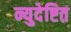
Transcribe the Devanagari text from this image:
न्युदेष्टित